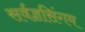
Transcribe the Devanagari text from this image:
सर्वज्ञसिंगम